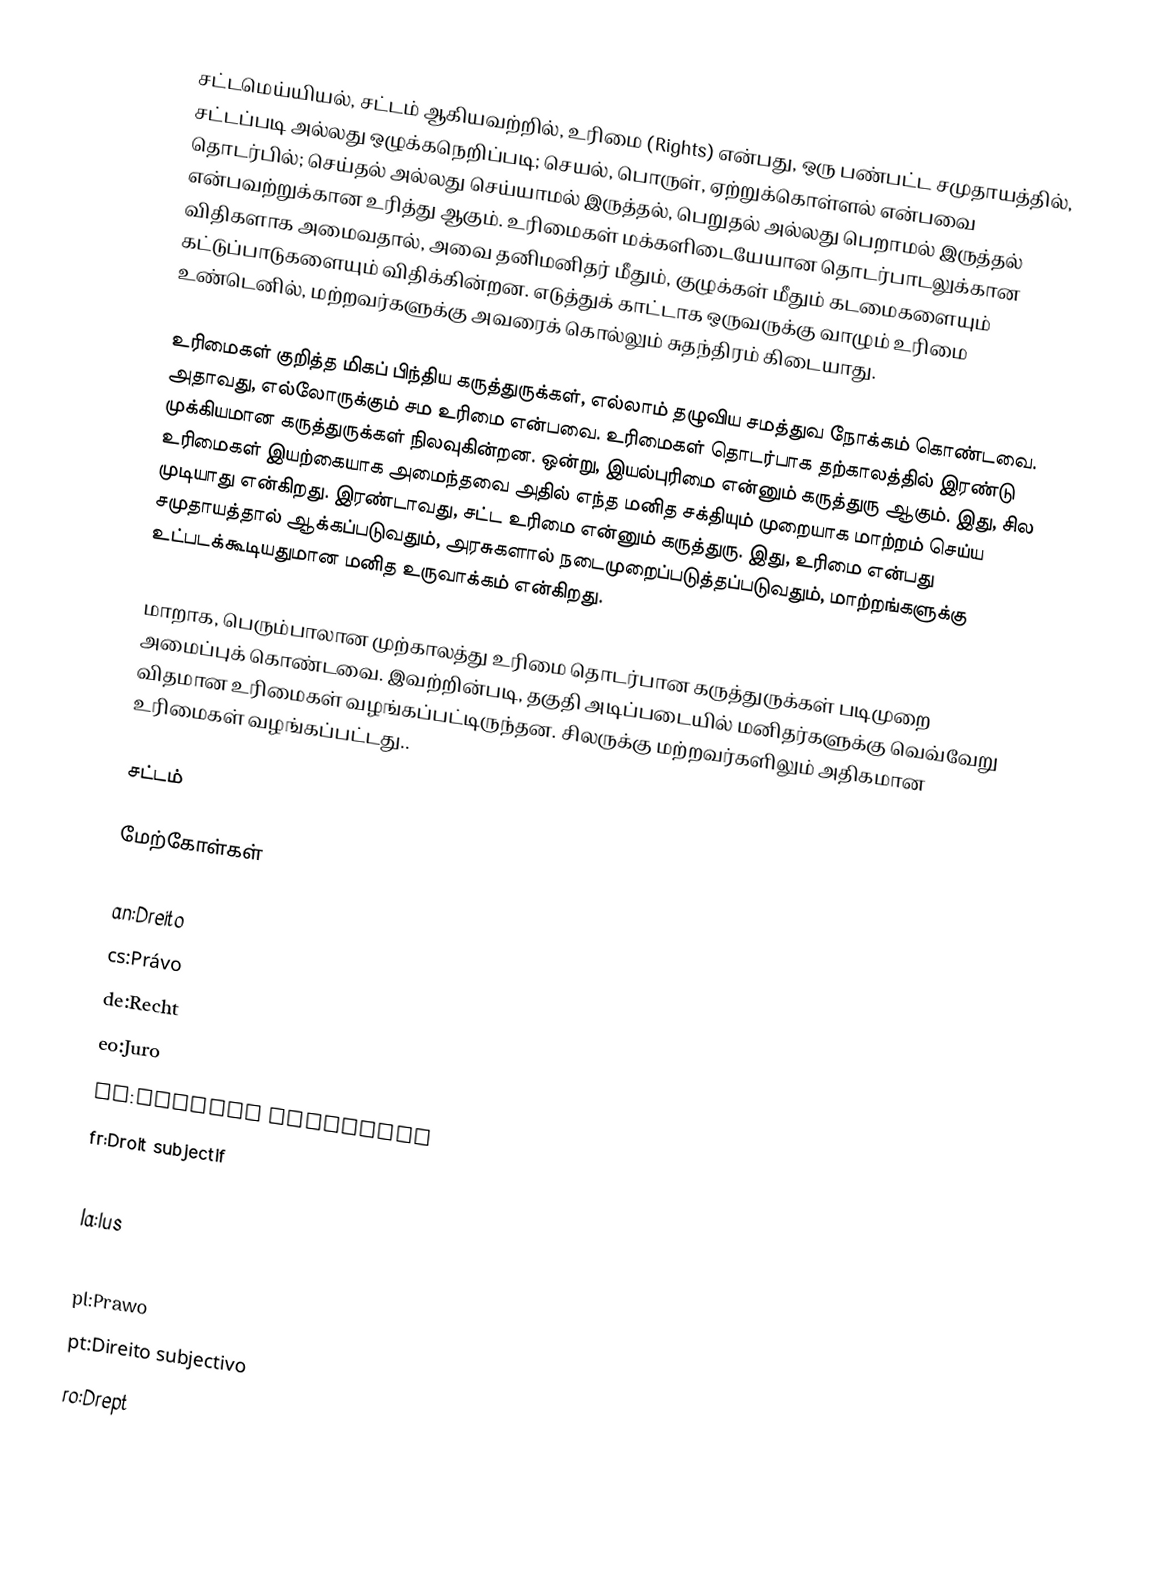
சட்டமெய்யியல், சட்டம் ஆகியவற்றில், உரிமை (Rights) என்பது, ஒரு பண்பட்ட சமுதாயத்தில், சட்டப்படி அல்லது ஒழுக்கநெறிப்படி; செயல், பொருள், ஏற்றுக்கொள்ளல் என்பவை தொடர்பில்; செய்தல் அல்லது செய்யாமல் இருத்தல், பெறுதல் அல்லது பெறாமல் இருத்தல் என்பவற்றுக்கான உரித்து ஆகும். உரிமைகள் மக்களிடையேயான தொடர்பாடலுக்கான விதிகளாக அமைவதால், அவை தனிமனிதர் மீதும், குழுக்கள் மீதும் கடமைகளையும் கட்டுப்பாடுகளையும் விதிக்கின்றன. எடுத்துக் காட்டாக ஒருவருக்கு வாழும் உரிமை உண்டெனில், மற்றவர்களுக்கு அவரைக் கொல்லும் சுதந்திரம் கிடையாது.

உரிமைகள் குறித்த மிகப் பிந்திய கருத்துருக்கள், எல்லாம் தழுவிய சமத்துவ நோக்கம் கொண்டவை. அதாவது, எல்லோருக்கும் சம உரிமை என்பவை. உரிமைகள் தொடர்பாக தற்காலத்தில் இரண்டு முக்கியமான கருத்துருக்கள் நிலவுகின்றன. ஒன்று, இயல்புரிமை என்னும் கருத்துரு ஆகும். இது, சில உரிமைகள் இயற்கையாக அமைந்தவை அதில் எந்த மனித சக்தியும் முறையாக மாற்றம் செய்ய முடியாது என்கிறது. இரண்டாவது, சட்ட உரிமை என்னும் கருத்துரு. இது, உரிமை என்பது சமுதாயத்தால் ஆக்கப்படுவதும், அரசுகளால் நடைமுறைப்படுத்தப்படுவதும், மாற்றங்களுக்கு உட்படக்கூடியதுமான மனித உருவாக்கம் என்கிறது.

மாறாக, பெரும்பாலான முற்காலத்து உரிமை தொடர்பான கருத்துருக்கள் படிமுறை அமைப்புக் கொண்டவை. இவற்றின்படி, தகுதி அடிப்படையில் மனிதர்களுக்கு வெவ்வேறு விதமான உரிமைகள் வழங்கப்பட்டிருந்தன. சிலருக்கு மற்றவர்களிலும் அதிகமான உரிமைகள் வழங்கப்பட்டது..

சட்டம்

மேற்கோள்கள்

an:Dreito
cs:Právo
de:Recht
eo:Juro
es:Derecho subjetivo
fr:Droit subjectif
it:Diritto
la:Ius
nl:Recht
pl:Prawo
pt:Direito subjectivo
ro:Drept